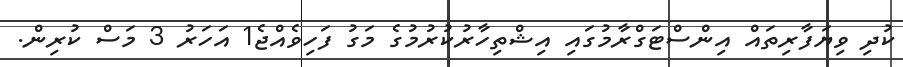
ކުދި ވިޔަފާރިތައް އިންސްޓަގްރާމުގައި އިޝްތިހާރުކުރުމުގެ މަގު ފަހިވެއްޖެ1 އަހަރު 3 މަސް ކުރިން.